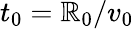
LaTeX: t_{0}=\mathbb{R}_{0}/v_{0}